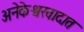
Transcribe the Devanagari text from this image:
अनेकेश्वरवादात